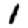
Digit: 1